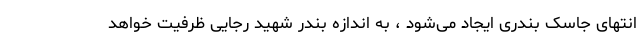
انتهای جاسک بندری ایجاد می‌شود ، به اندازه بندر شهید رجایی ظرفیت خواهد